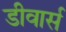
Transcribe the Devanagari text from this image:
डीवार्स